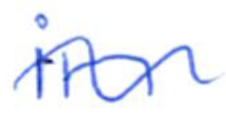
Text: in
Cross-out: wave
Writing tool: ballpoint